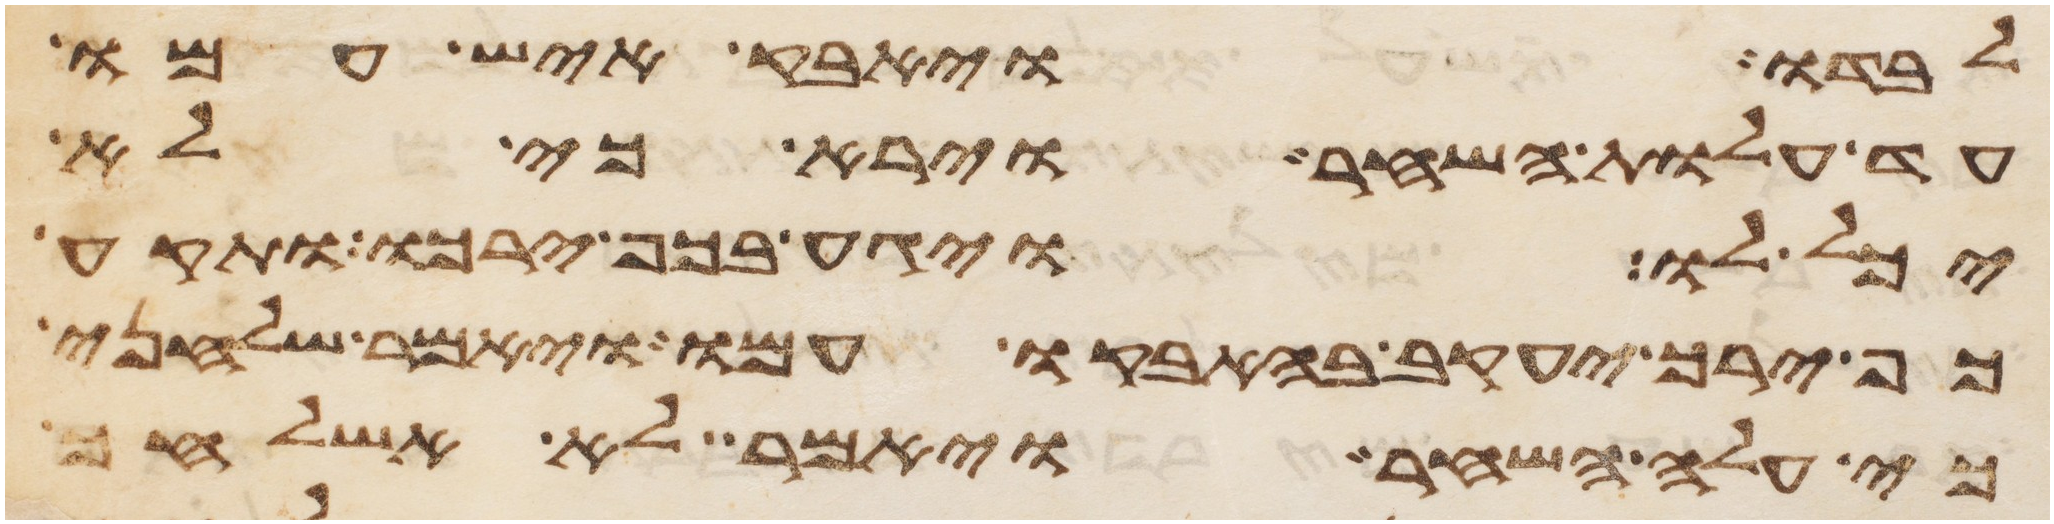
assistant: לבדו ויאבק איש עמו
עד עלות השחר וירא כי לא
יכל לו ויגע בכף ירכו ותקע
כף ירך יעקב בהאבקו עמו ויאמר שלחני
כי עלה השחר ויאמר לא אשלחך